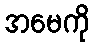
အမေကို